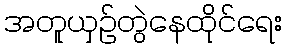
အတူယှဉ်တွဲနေထိုင်ရေး